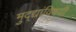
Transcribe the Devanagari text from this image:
मुद्द्यांविषयी